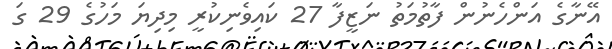
އޭނާގެ އަންހެނުން ފާތުމަތު ނަޒީފާ 27 ކައިވެނިކުރީ މިދިޔަ މަހުގެ 29 ގަ